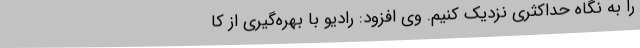
را به نگاه حداکثری نزدیک کنیم. وی افزود: رادیو با بهره‌گیری از کا